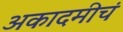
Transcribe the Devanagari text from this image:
अकादमीचं